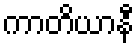
ကာတိယာနီ